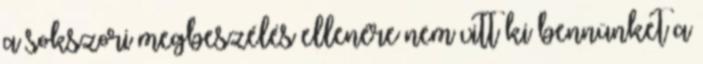
a sokszori megbeszélés ellenére nem vitt ki bennünket a